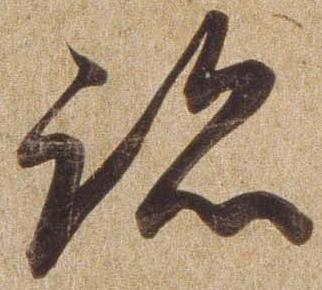
跡